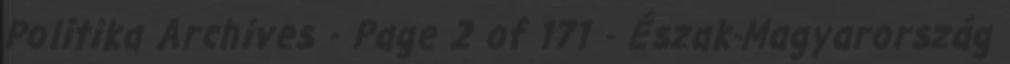
Politika Archives - Page 2 of 171 - Észak-Magyarország